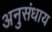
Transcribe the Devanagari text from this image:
अनुसंधाय